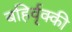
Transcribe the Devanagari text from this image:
बहिर्वृक्की